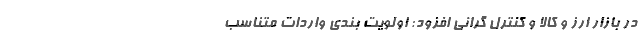
در بازار ارز و کالا و کنترل گرانی افزود: اولویت بندی واردات متناسب